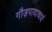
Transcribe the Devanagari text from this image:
गौड़पादाचार्य